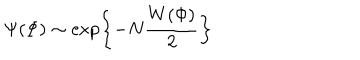
\Psi ( \Phi ) \sim \exp \left\{ - N \frac { W ( \Phi ) } { 2 } \right\}